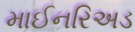
માઈનરિઅડ